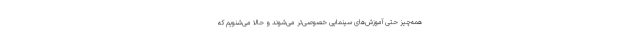
همه‌چیز حتی آموزش‌های سینمایی خصوصی‌تر می‌شوند و حالا می‌شنویم که